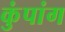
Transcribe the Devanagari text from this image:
कुंपांग